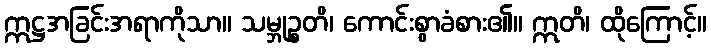
ဣဋ္ဌအခြင်းအရာကိုသာ။ သမ္ဘုဉ္စတိ၊ ကောင်းစွာခံစား၏။ ဣတိ၊ ထိုကြောင့်။